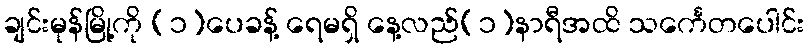
ချင်းမုန်မြို့ကို (၁)ပေခန့် ရေမရှိ နေ့လည်(၁)နာရီအထိ သင်္ကေတပေါင်း